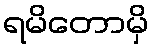
ရမိတောမှိ